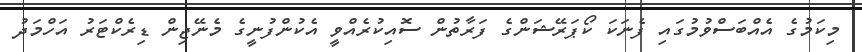
މިކަމުގެ އެއްބަސްވުމުގައި ފެނަކަ ކޯޕަރޭޝަންގެ ފަރާތުން ސޮއިކުރެއްވީ އެކުންފުނީގެ މެނޭޖިން ޑިރެކްޓަރު އަހްމަދު